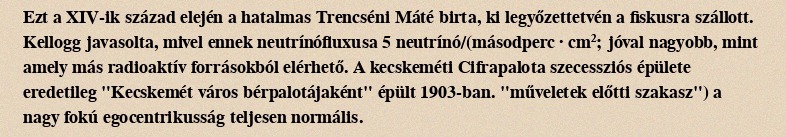
Ezt a XIV-ik század elején a hatalmas Trencséni Máté birta, ki legyőzettetvén a fiskusra szállott. Kellogg javasolta, mivel ennek neutrínófluxusa 5 neutrínó/(másodperc · cm²; jóval nagyobb, mint amely más radioaktív forrásokból elérhető. A kecskeméti Cifrapalota szecessziós épülete eredetileg "Kecskemét város bérpalotájaként" épült 1903-ban. "műveletek előtti szakasz") a nagy fokú egocentrikusság teljesen normális.